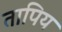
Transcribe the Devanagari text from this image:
तापिय